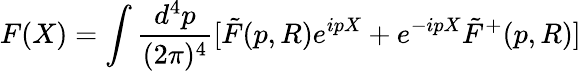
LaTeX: F(X)=\int\frac{d^{4}p}{(2{\pi})^{4}}[\tilde{F}(p,R)e^{ipX}+e^{-ipX}\tilde{F}^{+}(p,R)]